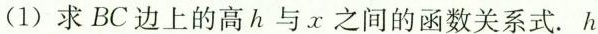
(1)求BC边上的高h与x之间的函数关系式.h